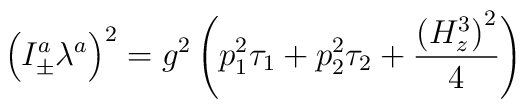
\left( I_{\pm }^a\lambda ^a\right) ^2=g^2\left( p_1^2\tau_1+p_2^2\tau _2+\frac{\left( H_z^3\right) ^2}4\right)